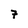
Character: 7